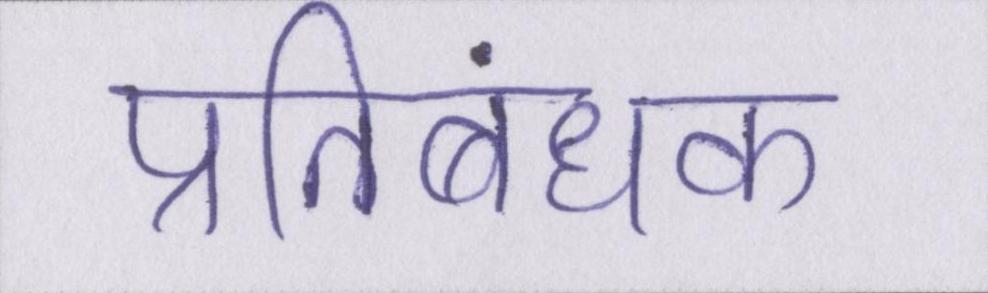
प्रतिबंधक